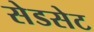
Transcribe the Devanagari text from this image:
सेडसेट